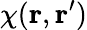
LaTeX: \chi({\mathbf r},{\mathbf r^{\prime}})